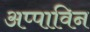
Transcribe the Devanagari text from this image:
अप्पाविन